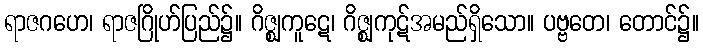
ရာဇဂဟေ၊ ရာဇဂြိုဟ်ပြည်၌။ ဂိဇ္ဈကူဋေ၊ ဂိဇ္ဈကုဋ်အမည်ရှိသော။ ပဗ္ဗတေ၊ တောင်၌။